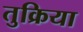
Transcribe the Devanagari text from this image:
तुक्रिया